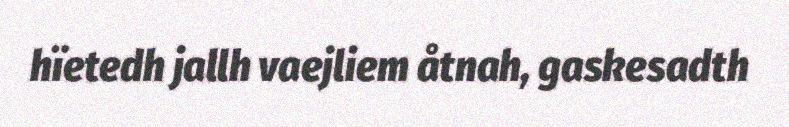
hïetedh jallh vaejliem åtnah, gaskesadth